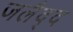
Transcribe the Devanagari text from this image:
जलैद्द